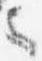
言